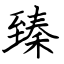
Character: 臻